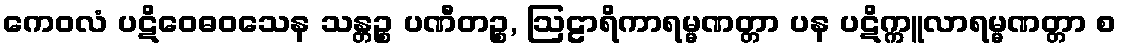
ကေဝလံ ပဋိဝေဓဝသေန သန္တဉ္စ ပဏီတဉ္စ, ဩဠာရိကာရမ္မဏတ္တာ ပန ပဋိက္ကူလာရမ္မဏတ္တာ စ